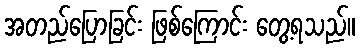
အတည်ပြောခြင်း ဖြစ်ကြောင်း တွေ့ရသည်။